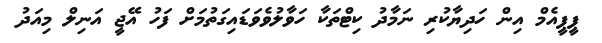
ޕީޕީއެމް އިން ހަދިޔާކުރި ނަމާދު ކިޓްތަކާ ހަވާލުވެވަޑައިގަތުމަށް ފަހު އޭޖީ އަނިލް މިއަދު